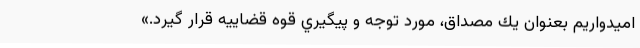
اميدواريم بعنوان يك مصداق، مورد توجه و پيگيري قوه قضاييه قرار گيرد.»